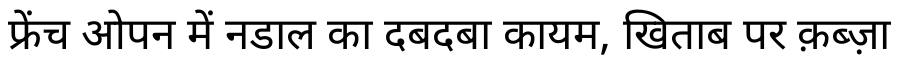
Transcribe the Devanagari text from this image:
फ्रेंच ओपन में नडाल का दबदबा कायम, खिताब पर क़ब्ज़ा